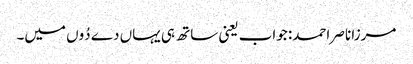
مرزا ناصر احمد: جواب یعنی ساتھ ہی یہاں دے دُوں میں۔